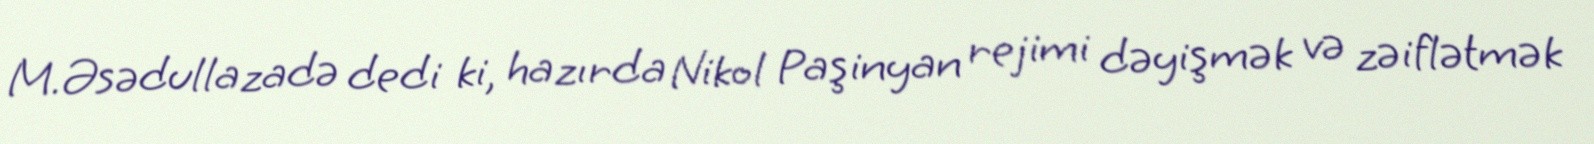
M.Əsədullazadə dedi ki, hazırda Nikol Paşinyan rejimi dəyişmək və zəiflətmək